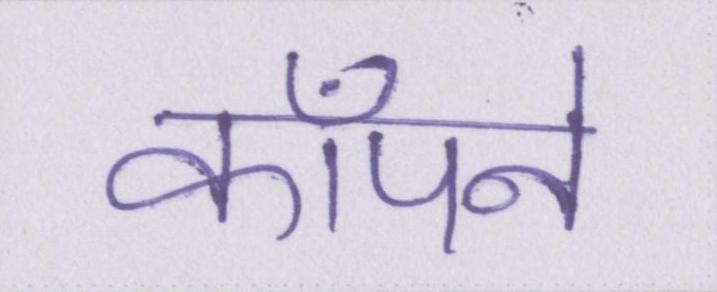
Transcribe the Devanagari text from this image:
कॉँपने